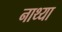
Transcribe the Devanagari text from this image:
नाथ्या